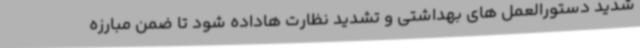
شدید دستورالعمل های بهداشتی و تشدید نظارت هاداده شود تا ضمن مبارزه